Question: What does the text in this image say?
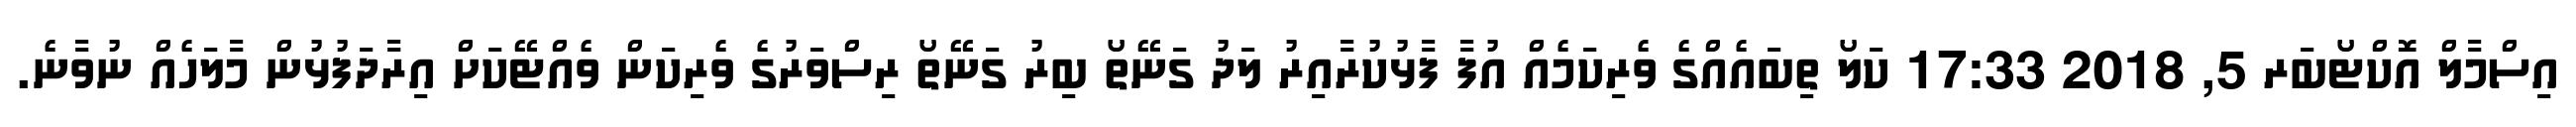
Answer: އިސްމާލް އޮކްޓޯބަރ 5, 2018 17:33 ކަލޯ ތިބައެއްގެ ވެރިކަމެއް އުފާ ފާޅުކުރާއިރު ލަދު ގަނޭތޯ ބިރު ގަނޭތޯ ރިސްވަރުގެ ވެރިކަން ވެއްޓޭކަށް އިރާދަފުޅުން މާލަހެއް ނުވާނެ.